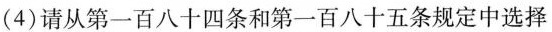
（4)请从第一百八十四条和第一百八十五条规定中选择